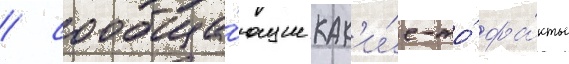
/ сообща́ющие как'и́е-то́ фа́кты